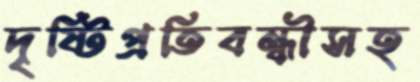
দৃষ্টিপ্রতিবন্ধীসহ